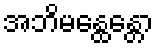
အဘိမန္ထေန္တော